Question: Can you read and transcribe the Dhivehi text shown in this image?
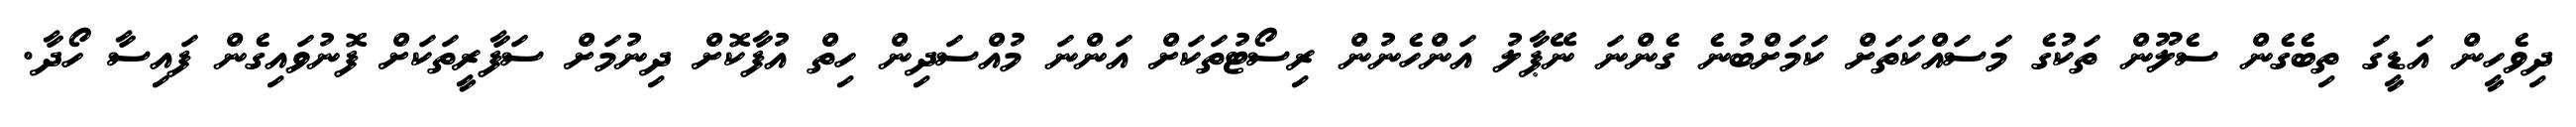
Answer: ދިވެހީން އަޑީގަ ތިބެގެން ސެލޫން ތަކުގެ މަސައްކަތަށް ކަމަށްބުނެ ގެންނަ ނޭޕާލު އަންހެނުން ރިސޯޓުތަކަށް އަންނަ މުއްސަދިން ހިތް އުފާކޮށް ދިނުމަށް ސަފާރީތަކަށް ފޮނުވައިގެން ފައިސާ ހޯދާ.